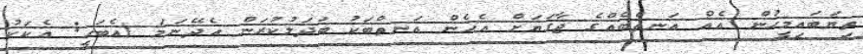
ތިޔަބައިމީހުން އެއް އަނތްބެއްގެ ޖާގަޔަށް އެހެން އަނތްބަކު ބަދަލުކުރަން އެދޭނަމަ (އެބަހީ: އެކަކު